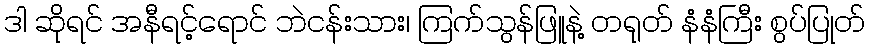
ဒါ ဆိုရင် အနီရင့်ရောင် ဘဲငန်းသား၊ ကြက်သွန်ဖြူနဲ့ တရုတ် နံနံကြီး စွပ်ပြုတ်